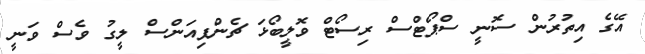
އޭގެ އިތުރުން ސޮނީ ސްޕޯޓްސް ރިސޯޓް ވޮލީބޯޅަ ޗެންޕިއަންސް ލީގު ވެސް ވަނީ